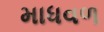
માધવળ